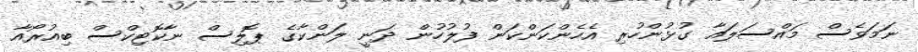
ނަމަވެސް މައްސަލައާ ގުޅުންހުރި އެހެންކަަންކަން ފުލުހުން ދަނީ ލަންކާގެ ޕޮލިސް ނާކޮޓިކްސް ބިއުރޯއާ